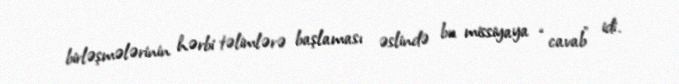
birləşmələrinin hərbi təlimlərə başlaması əslində bu missiyaya “cavab” idi.